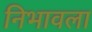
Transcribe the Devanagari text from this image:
निभावला